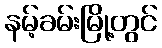
နမ့်ခမ်းမြို့တွင်